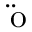
\mathrm { \ddot { o } }